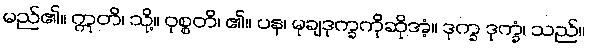
မည်၏။ ဣတိ၊ သို့။ ဝုစ္စတိ၊ ၏။ ပန၊ မုချဒုက္ခကိုဆိုအံ့။ ဒုက္ခ ဒုက္ခံ၊ သည်။